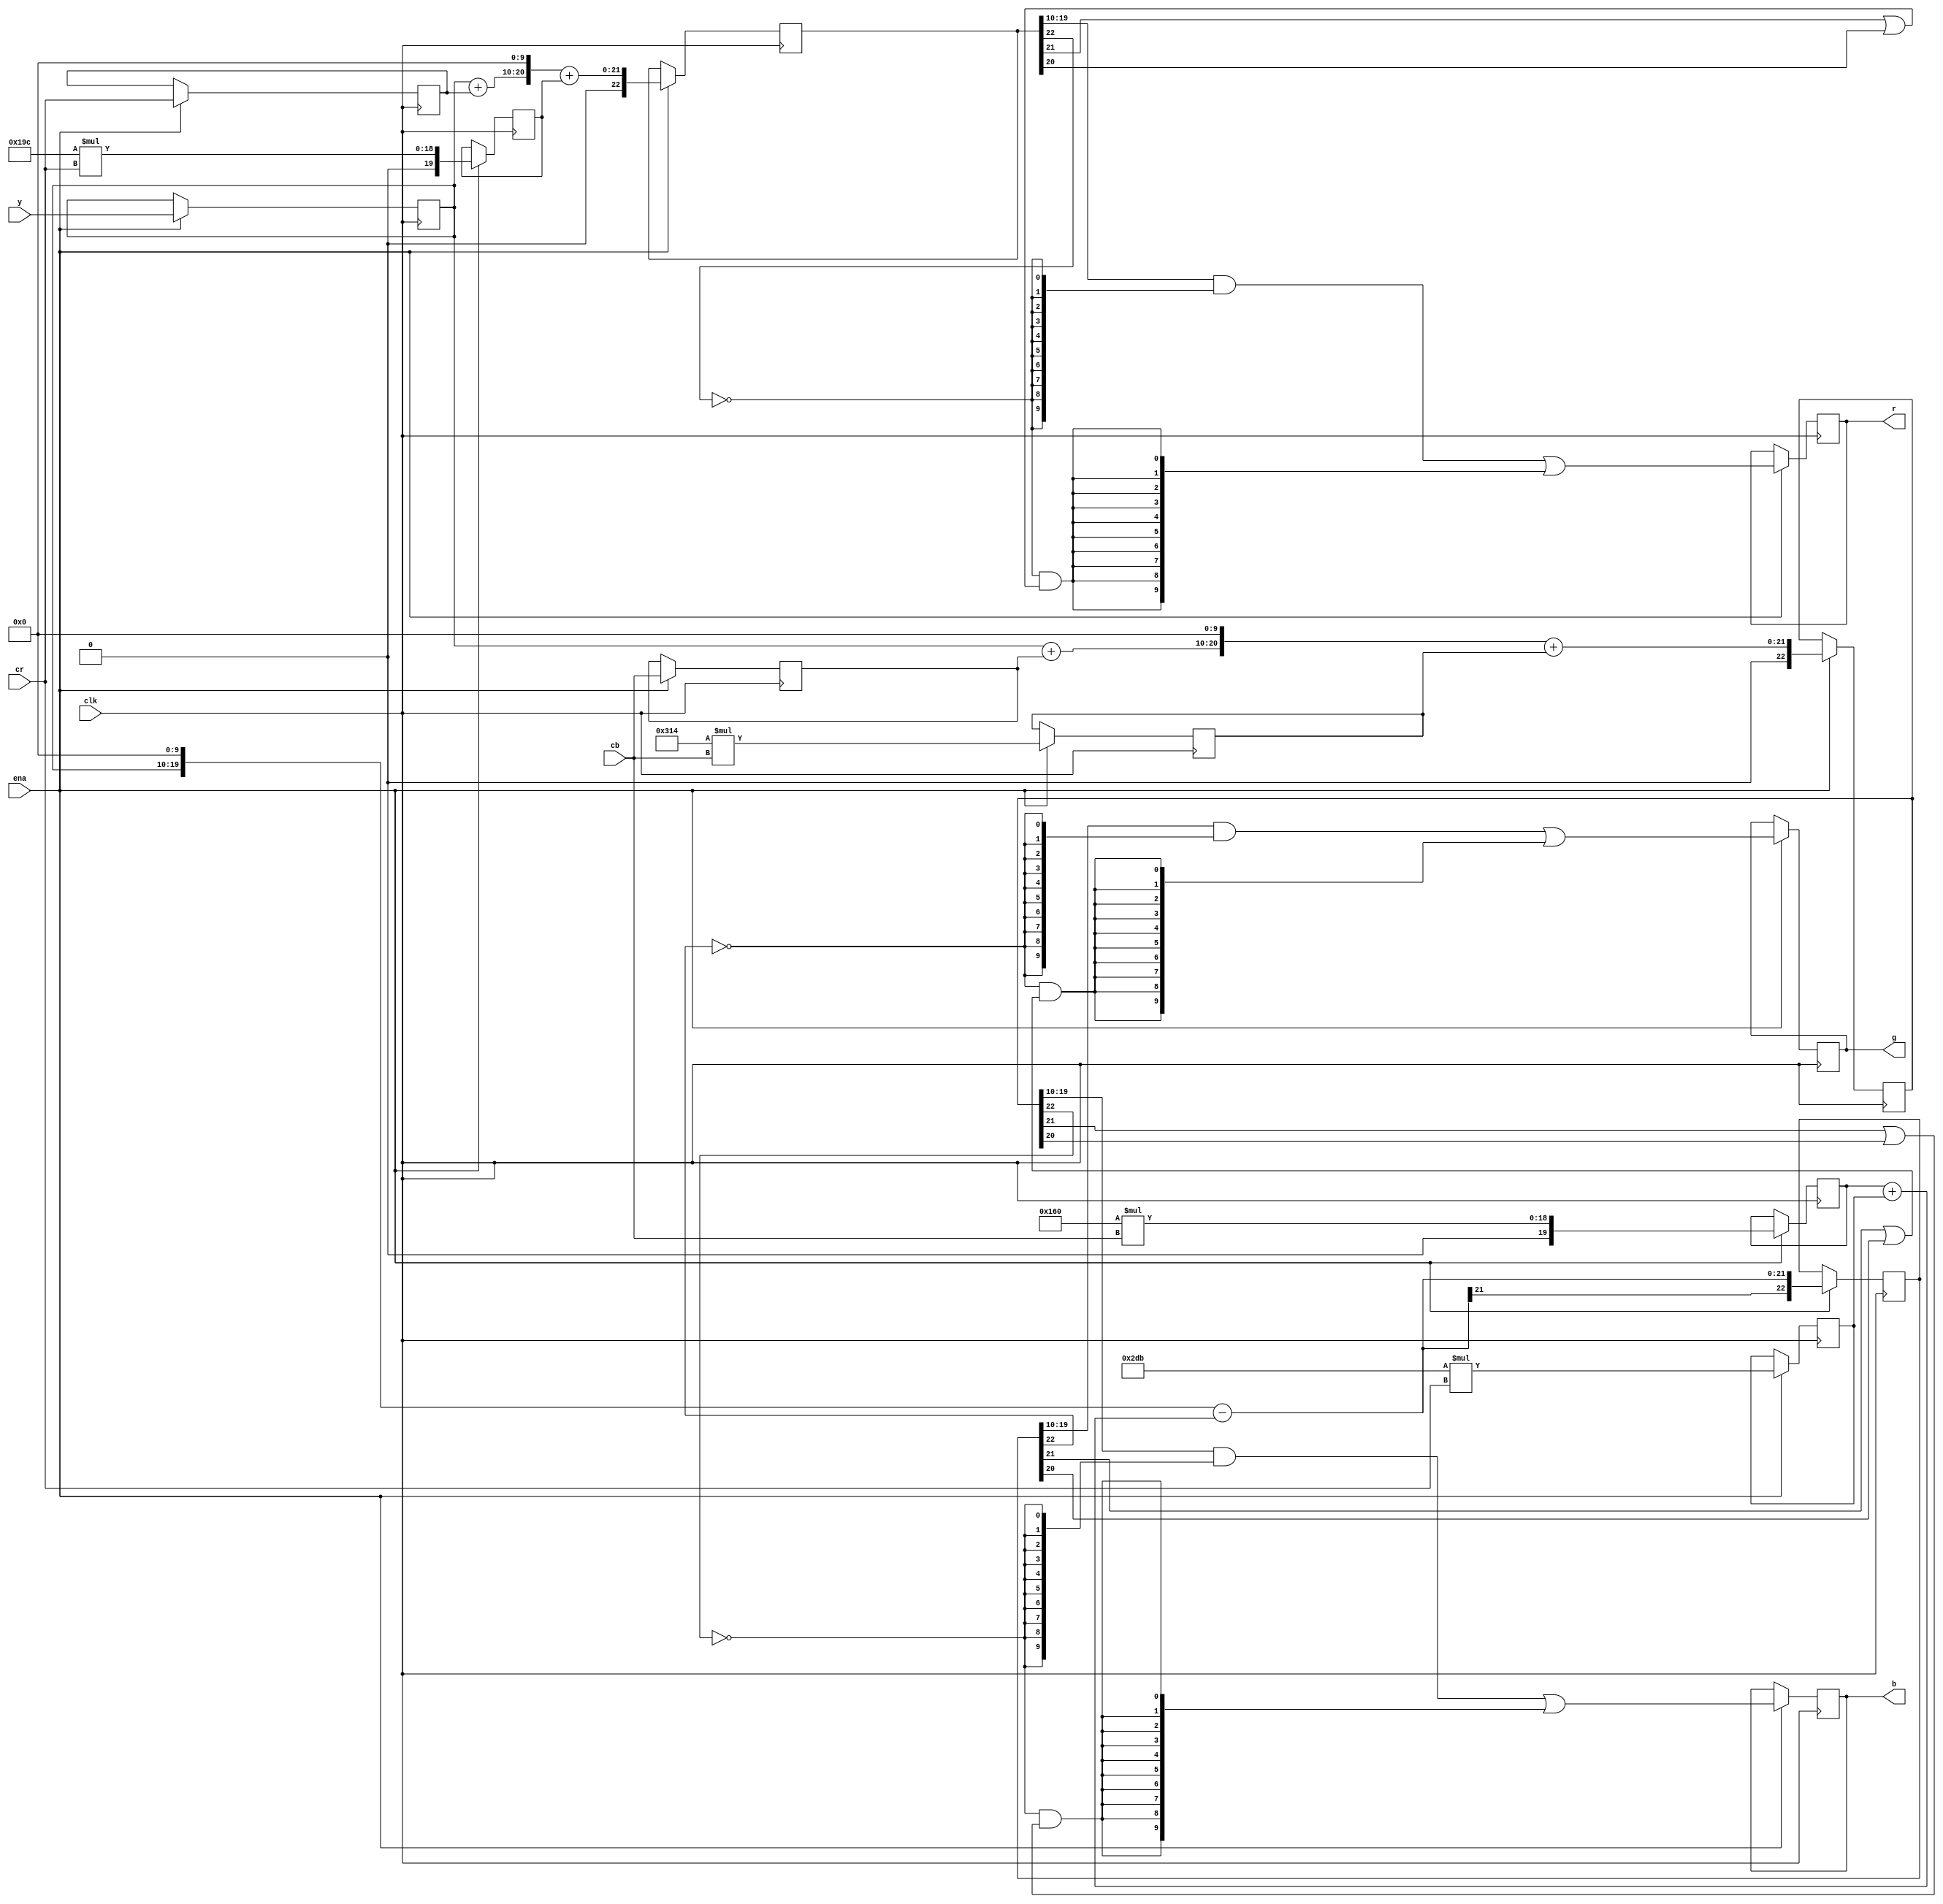
/////////////////////////////////////////////////////////////////////
////                                                             ////
////  YCrCb to RGB Color Space converter                         ////
////                                                             ////
////  Converts YCrCb (YUV) values to RGB values                  ////
////  R = Y + 1.403Cr                                            ////
////  G = Y - 0.344Cb - 0.714Cr                                  ////
////  B = Y + 1.770Cb                                            ////
////                                                             ////
////          richard@asics.ws                                   ////
////          www.asics.ws                                       ////
////                                                             ////
////                                                             ////
/////////////////////////////////////////////////////////////////////
////                                                             ////
//// Copyright (C) 2001 Richard Herveille                        ////
////                    richard@asics.ws                         ////
////                                                             ////
//// This source file may be used and distributed without        ////
//// restriction provided that this copyright statement is not   ////
//// removed from the file and that any derivative work contains ////
//// the original copyright notice and the associated disclaimer.////
////                                                             ////
////     THIS SOFTWARE IS PROVIDED ``AS IS'' AND WITHOUT ANY     ////
//// EXPRESS OR IMPLIED WARRANTIES, INCLUDING, BUT NOT LIMITED   ////
//// TO, THE IMPLIED WARRANTIES OF MERCHANTABILITY AND FITNESS   ////
//// FOR A PARTICULAR PURPOSE. IN NO EVENT SHALL THE AUTHOR      ////
//// OR CONTRIBUTORS BE LIABLE FOR ANY DIRECT, INDIRECT,         ////
//// INCIDENTAL, SPECIAL, EXEMPLARY, OR CONSEQUENTIAL DAMAGES    ////
//// (INCLUDING, BUT NOT LIMITED TO, PROCUREMENT OF SUBSTITUTE   ////
//// GOODS OR SERVICES; LOSS OF USE, DATA, OR PROFITS; OR        ////
//// BUSINESS INTERRUPTION) HOWEVER CAUSED AND ON ANY THEORY OF  ////
//// LIABILITY, WHETHER IN  CONTRACT, STRICT LIABILITY, OR TORT  ////
//// (INCLUDING NEGLIGENCE OR OTHERWISE) ARISING IN ANY WAY OUT  ////
//// OF THE USE OF THIS SOFTWARE, EVEN IF ADVISED OF THE         ////
//// POSSIBILITY OF SUCH DAMAGE.                                 ////
////                                                             ////
/////////////////////////////////////////////////////////////////////

//  CVS Log
//
//  $Id: ycrcb2rgb.v,v 1.1.1.1 2002-03-26 07:25:09 rherveille Exp $
//
//  $Date: 2002-03-26 07:25:09 $
//  $Revision: 1.1.1.1 $
//  $Author: rherveille $
//  $Locker:  $
//  $State: Exp $
//
// Change History:
//               $Log: not supported by cvs2svn $


`timescale 1ns/10ps

module top(clk, ena, y, cr, cb, r, g, b);
	//
	// inputs & outputs
	//
	input        clk;
	input        ena;
	input  [9:0] y, cr, cb;

	output [9:0] r, g, b;
	reg [9:0] r, g, b;


	reg [9:0] dy, dcr, dcb;

	//
	// variables
	//
	reg [22:0] ir, ig, ib;

	//
	// module body
	//
 

	// step 1: Calculate R, G, B
	//
	// Use N.M format for multiplication:
	// R = Y + 1.403Cr = Y + Cr + 0.403Cr
	// R = Y + Cr + 0x19C*Cr
	//
	// G = Y - 0.344Cb - 0.714Cr
	// G = Y - 0x160*Cb - 0x2DB*Cr
	//
	// B = Y + 1.770Cb = Y + Cb + 0.770Cb
	// B = Y + Cb + 0x314*Cb


	// delay y, cr and cb
	always@(posedge clk)
		if (ena)
		begin
			dy  <= #1 y;
			dcr <= #1 cr;
			dcb <= #1 cb;
		end

	// calculate R
	reg [19:0] rm;

	always@(posedge clk)
		if (ena)
		begin
			rm <= #1 10'h19C * cr;

			ir <= #1 ( (dy + dcr) << 10) + rm;
		end

	// calculate G
	reg [19:0] gm1, gm2;

	always@(posedge clk)
		if (ena)
		begin
			gm1 <= #1 10'h160 * cb;
			gm2 <= #1 10'h2DB * cr;

			ig  <= #1 (dy << 10) - (gm1 + gm2);
		end

	// calculate B
	reg [19:0] bm;

	always@(posedge clk)
		if (ena)
		begin
			bm <= #1 10'h314 * cb;

			ib <= #1 ( (dy + dcb) << 10) + bm;
		end

	//
	// step2: check boundaries
	//
	always@(posedge clk)
		if (ena)
		begin
			// check R
			r <= #1 (ir[19:10] & {10{!ir[22]}}) | {10{(!ir[22] && (ir[21] || ir[20]))}};

			// check G
			g <= #1 (ig[19:10] & {10{!ig[22]}}) | {10{(!ig[22] && (ig[21] || ig[20]))}};

			// check B
			b <= #1 (ib[19:10] & {10{!ib[22]}}) | {10{(!ib[22] && (ib[21] || ib[20]))}};
		end
endmodule